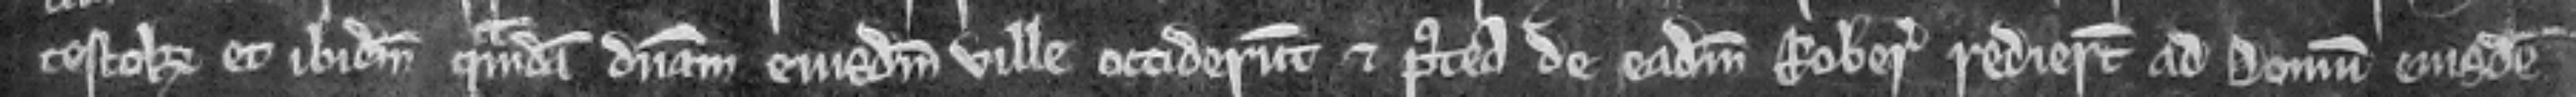
testok et ibidem quamdam dominam ejusdem ville occiderunt et postea de eadem roberia redierunt ad domum ejusdem